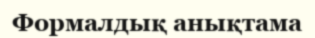
Формалдық анықтама